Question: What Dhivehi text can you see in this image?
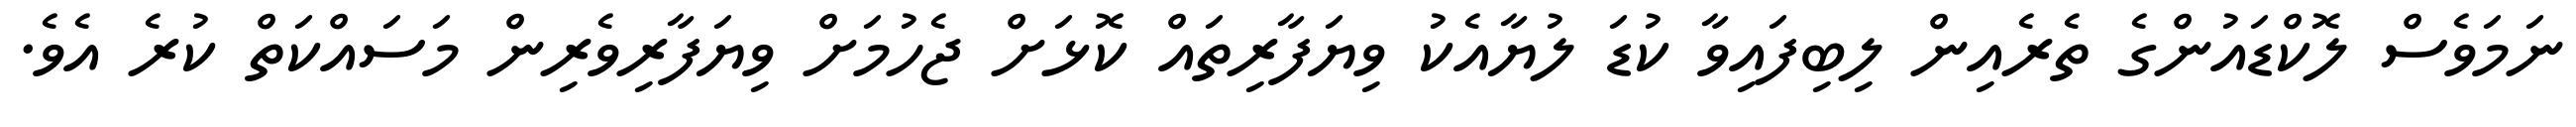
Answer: ނަމަވެސް ލޮކްޑައުންގެ ތެރެއިން ލިބިފައިވާ ކުޑަ ލުޔާއެކު ވިޔަފާރިތައް ކޮޅަށް ޖެހުމަށް ވިޔަފާރިވެރިން މަސައްކަތް ކުރެ އެވެ.